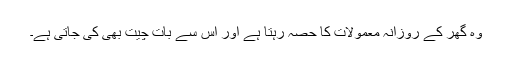
وہ گھر کے روزانہ معمولات کا حصہ رہتا ہے اور اس سے بات چیت بھی کی جاتی ہے۔